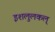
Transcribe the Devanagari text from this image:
इशलुलकल्